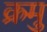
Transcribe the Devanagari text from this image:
क्रमु